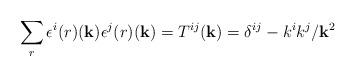
LaTeX: \begin{align*}\sum_r \epsilon^i{(r)} ({\bf k}) \epsilon^j{(r)} ({\bf k}) = T^{ij}({\bf k}) = \delta^{ij} - k^i k^j /{\bf k}^2\end{align*}